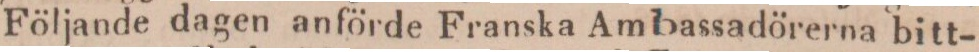
Följande dagen anförde Franska Ambassadörerna bitt-